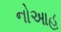
નોઆહ